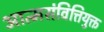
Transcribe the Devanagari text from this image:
आत्मसंवित्तियुक्त